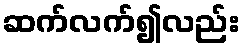
ဆက်လက်၍လည်း